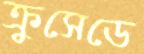
ক্রুসেডে